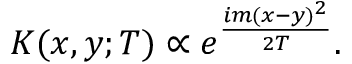
K ( x , y ; T ) \propto e ^ { \frac { i m ( x - y ) ^ { 2 } } { 2 T } } .